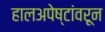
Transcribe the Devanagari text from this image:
हालअपेष्टांवरून